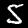
Digit: 5